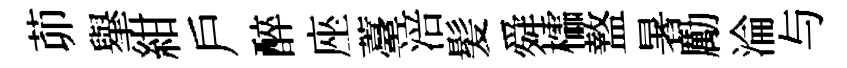
茆𦦙紺戶醉座薹涪髪舜櫺盩暑勵淪与